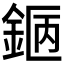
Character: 𨧇